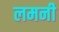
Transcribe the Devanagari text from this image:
लमनी